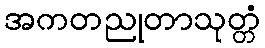
အကတညုတာသုတ္တံ